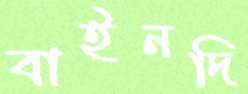
বাইনদি